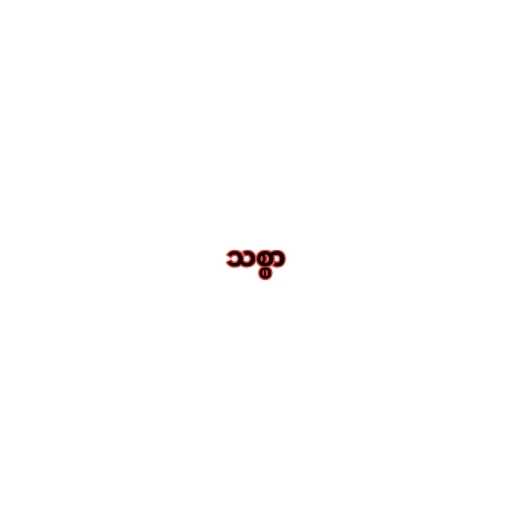
သစ္စာ